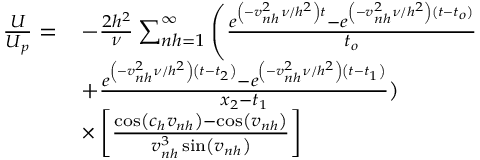
\begin{array} { r l } { \frac { U } { U _ { p } } = } & { - \frac { 2 h ^ { 2 } } { \nu } \sum _ { n h = 1 } ^ { \infty } \left( \frac { e ^ { \left( - v _ { n h } ^ { 2 } \nu / h ^ { 2 } \right) t } - e ^ { \left( - v _ { n h } ^ { 2 } \nu / h ^ { 2 } \right) \left( t - t _ { o } \right) } } { t _ { o } } \right. } \\ & { + \frac { e ^ { \left( - v _ { n h } ^ { 2 } \nu / h ^ { 2 } \right) \left( t - t _ { 2 } \right) } - e ^ { \left( - v _ { n h } ^ { 2 } \nu / h ^ { 2 } \right) \left( t - t _ { 1 } \right) } } { x _ { 2 } - t _ { 1 } } ) } \\ & { \times \left[ \frac { \cos \left( c _ { h } v _ { n h } \right) - \cos \left( v _ { n h } \right) } { v _ { n h } ^ { 3 } \sin \left( v _ { n h } \right) } \right] } \end{array}